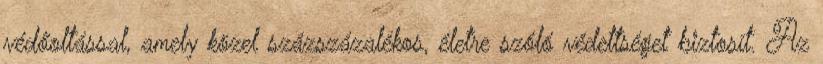
védőoltással, amely közel százszázalékos, életre szóló védettséget biztosít. Az